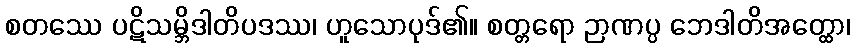
စတဿေ ပဋိသမ္ဘိဒါတိပဒဿ၊ ဟူသောပုဒ်၏။ စတ္တရော ဉာဏပ္ပ ဘေဒါတိအတ္ထော၊